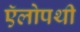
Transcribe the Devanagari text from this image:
ऍलोपथी